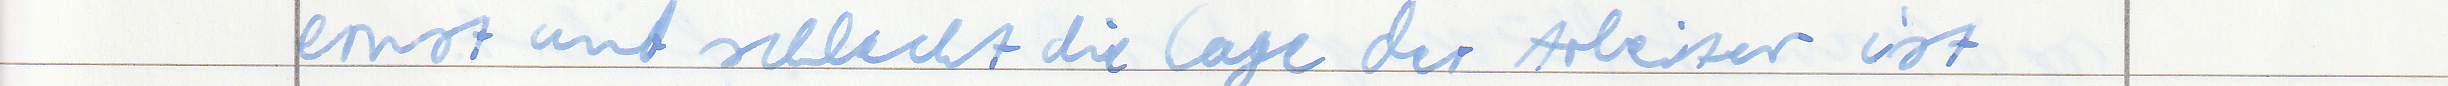
ernst und schlecht die Lager der Arbeiter ist